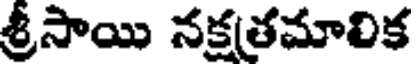
శ్రీసాయి నక్షతమాలిక